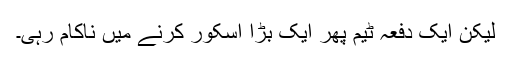
لیکن ایک دفعہ ٹیم پھر ایک بڑا اسکور کرنے میں ناکام رہی۔